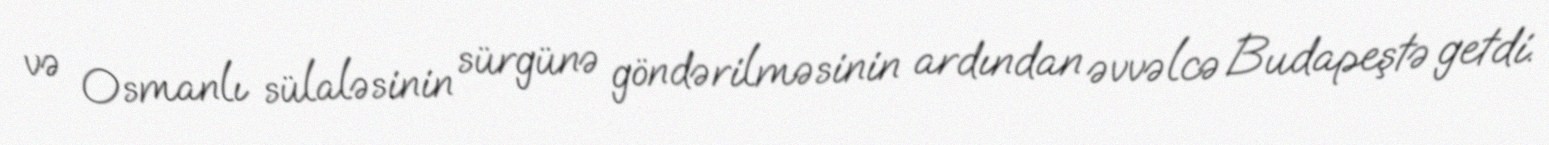
və Osmanlı sülaləsinin sürgünə göndərilməsinin ardından əvvəlcə Budapeştə getdi.